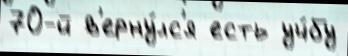
70-й в'ерну́лс'я есть уч́бу